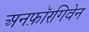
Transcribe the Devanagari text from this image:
अनफ़ॉरगिवेन